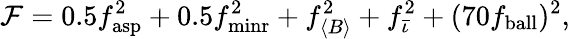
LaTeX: \mathcal{F}=0.5f_{\mathrm{asp}}^{2}+0.5f_{\mathrm{minr}}^{2}+f_{\langle B\rangle}^{2}+f_{\bar{\iota}}^{2}+(70f_{\mathrm{ball}})^{2},